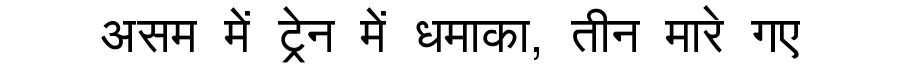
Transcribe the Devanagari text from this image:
असम में ट्रेन में धमाका, तीन मारे गए